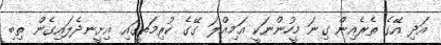
އަދި އޭގެ ތެރެއިން ގިނަ މީހުންނަކީ އަމިއްލަ ގޭގެ ކުރިމަތީގައި އިށީނދެލައިގެން ތިބި